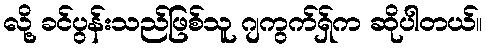
လို့ ခင်ပွန်းသည်ဖြစ်သူ ဂျကွက်ရှ်က ဆိုပါတယ်။